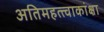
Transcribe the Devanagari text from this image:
अतिमहत्त्वाकांक्षा